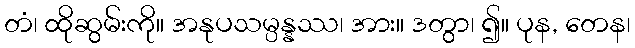
တံ၊ ထိုဆွမ်းကို။ အနုပသမ္ပန္နဿ၊ အား။ ဒတွာ၊ ၍။ ပုန, တေန၊